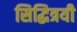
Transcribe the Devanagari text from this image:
सिद्धित्रयी